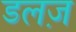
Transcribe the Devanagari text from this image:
डलज़